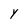
Character: y